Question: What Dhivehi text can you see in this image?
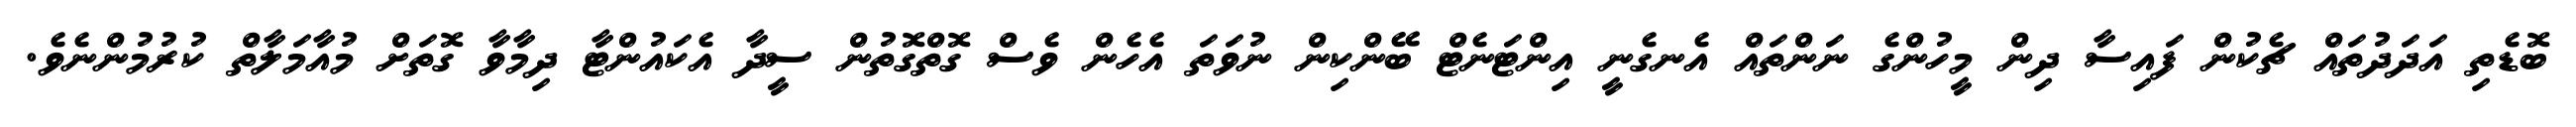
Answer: ބޮޑެތި އަދަދުތައް ޗެކުން ފައިސާ ދިން މީހުންގެ ނަންތައް އެނގެނީ އިންޓަނެޓް ބޭންކިން ނުވަތަ އެހެން ވެސް ގޮތްގޮތުން ސީދާ އެކައުންޓާ ދިމާވާ ގޮތަށް މުއާމަލާތް ކުރުމުންނެވެ.